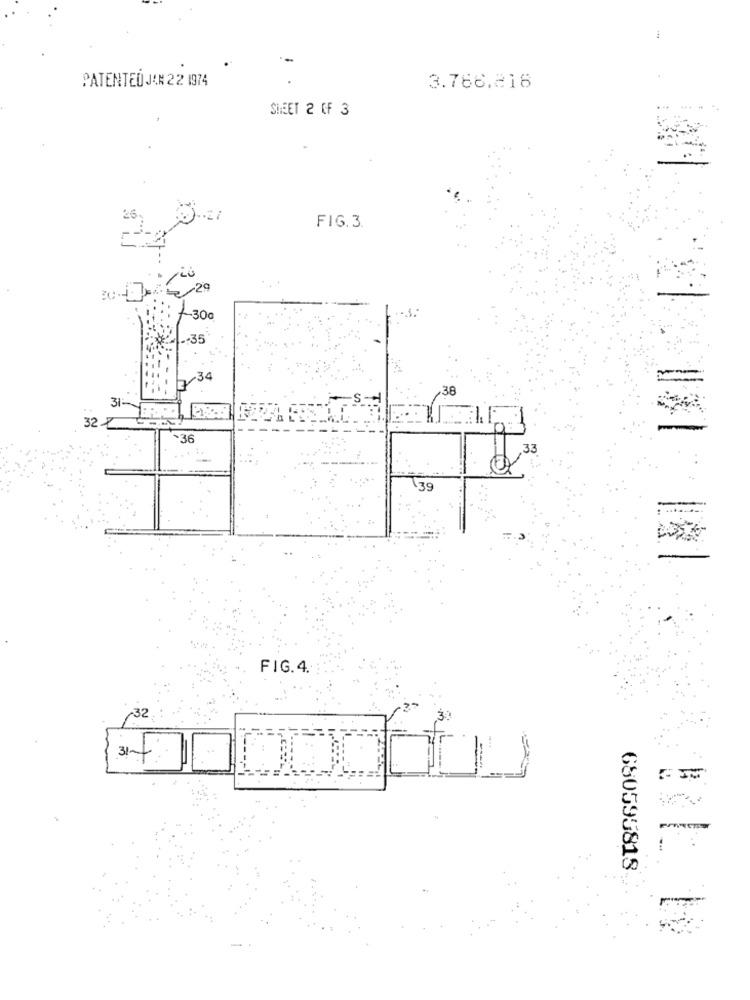
PATENTEŮ JAN 22 1974
3.766.218
SHEET 2 (F 3
FIG.3
-30G
-- 35
+34
38
31-
32 -7
+36
33
39
FIG.4.
31-
680595818